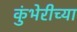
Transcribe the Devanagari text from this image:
कुंभेरीच्या